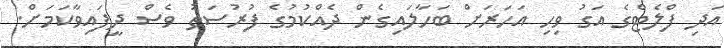
އަދި ފްލެޓްގެ އަގު ވިހި އަހަރަށް ބަހާލައިގެން ދެއްކުމުގެ ފުރުސަތު ވެސް ދީފައިވާކަމަށް.